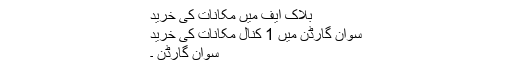
بلاک ایف میں مکانات کی خرید
سوان گارڈن میں 1 کنال مکانات کی خرید
سوان گارڈن ۔